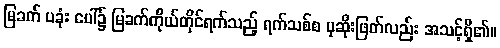
မြခက် ပခုံး ပေါ်၌ မြခက်ကိုယ်တိုင်ရက်သည့် ရက်သစ်စ ပုဆိုးဖြတ်လည်း အသင့်ရှိ၏။